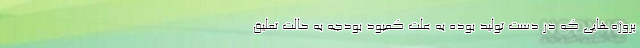
پروژه‌هایی که در دست تولید بوده به علت کمبود بودجه به حالت تعلیق